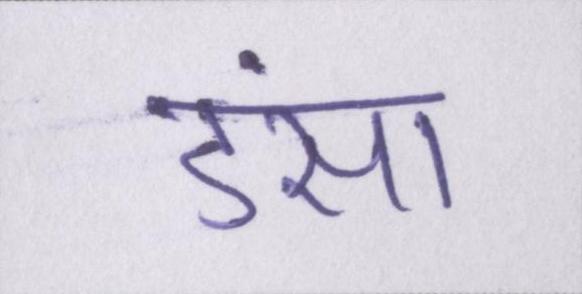
डंसा